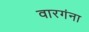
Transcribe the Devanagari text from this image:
वारगंना